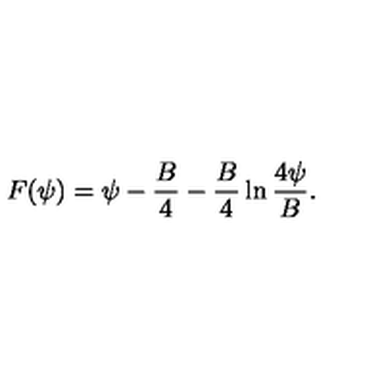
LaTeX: F ( \psi ) = \psi - { \frac { B } { 4 } } - { \frac { B } { 4 } } \ln { \frac { 4 \psi } { B } } .